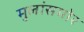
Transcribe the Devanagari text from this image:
मुलांसमोर